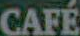
CAFE